Source: Handwritten
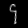
Digit: ၄ (4)